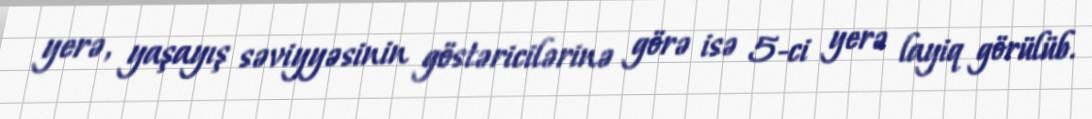
yerə, yaşayış səviyyəsinin göstəricilərinə görə isə 5-ci yerə layiq görülüb.